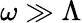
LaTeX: \omega\gg\Lambda